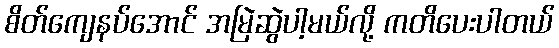
စိတ်ကျေနပ်အောင် အမြဲဆွဲပါ့မယ်လို့ ကတိပေးပါတယ်